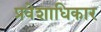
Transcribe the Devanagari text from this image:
प्रवेशाधिकार